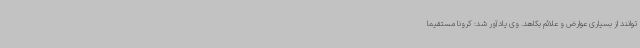
‌توانند از بسیاری عوارض و علائم بکاهد. وی یادآور شد: کرونا مستقیما